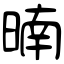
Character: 暔